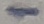
Text: 1